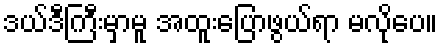
ဒယ်ဒီကြီးမှာမူ အထူးပြောဖွယ်ရာ မလိုပေ။